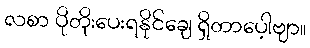
လစာ ပိုတိုးပေးရနိုင်ချေ ရှိတာပေ့ါဗျာ။